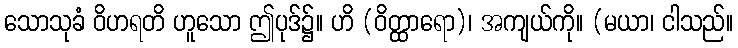
သောသုခံ ဝိဟရတိ ဟူသော ဤပုဒ်၌။ ဟိ (ဝိတ္ထာရော)၊ အကျယ်ကို။ (မယာ၊ ငါသည်။